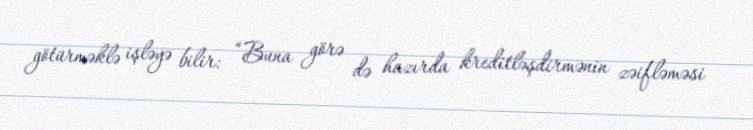
götürməklə işləyə bilir: “Buna görə də hazırda kreditləşdirmənin zəifləməsi